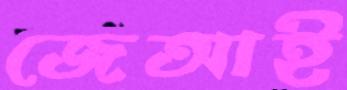
জেআই